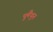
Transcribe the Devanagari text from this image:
पुंमैथुन